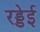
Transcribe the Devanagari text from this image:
रड्डेई